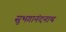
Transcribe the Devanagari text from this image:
सुभगानंदनाथ